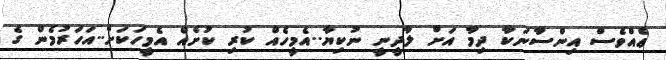
ޢެއްވެސް އިންސާނަކާ ދިމާ އަށް ލާދީނީ ނުކިޔާ..އެމީހެއް ކުރި ކުށެއް އެމީހަކަށް..އަހަރުމެން ގެ